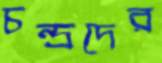
চন্দ্রদের